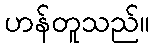
ဟန်တူသည်။